NAE_ERA_R-1_Eesti_Vabariigi_Ministrite_Noukogu, lk 5
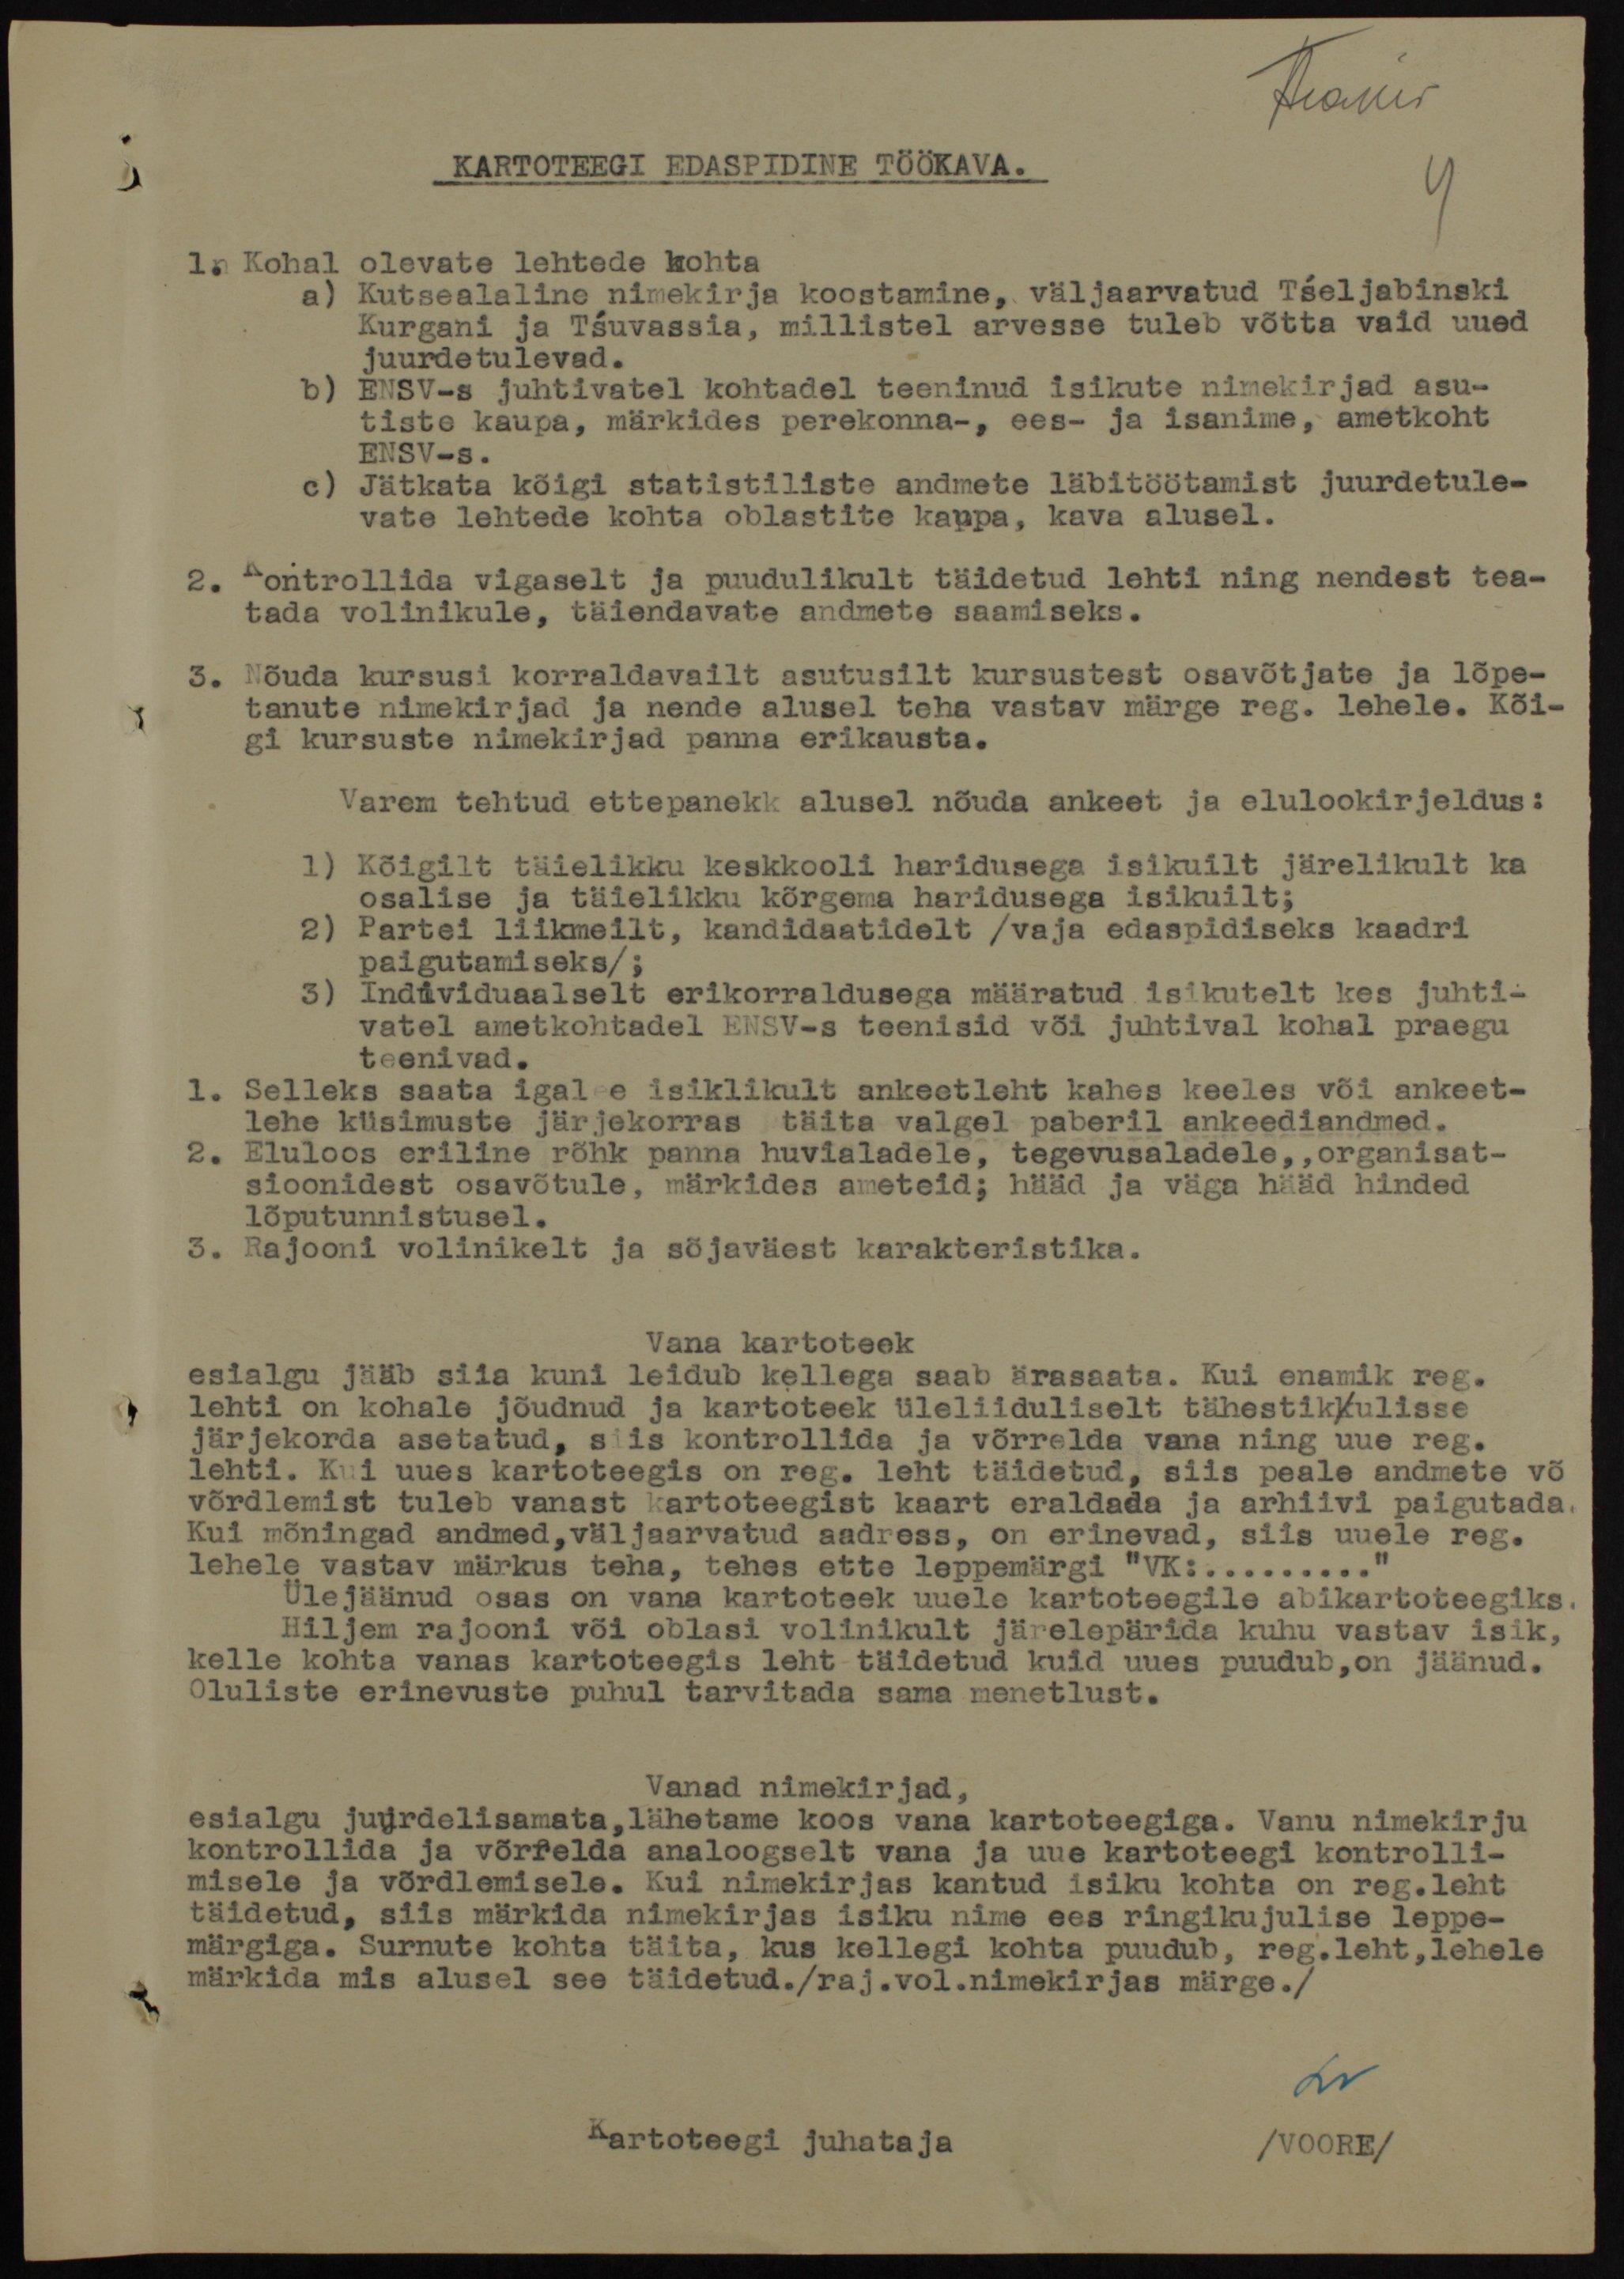
Ärakiri
KARTOTEEGI EDASPIDINE TÖÖKAVA.
1. Kohal olevate lehtede kohta
a) Kutsealaline nimekirja koostamine, väljaarvatud Tšeljabinski
Kurgani ja Tšuvassia, millistel arvesse tuleb võtta vaid uued
juurdetulevad.
b) ENSV-s juhtivatel kohtadel teeninud isikute nimekirjad asu-
tiste kaupa, märkides perekonna-, ees- ja isanime, ametkoht
ENSV-s.
c) Jätkata kõigi statistiliste andmete läbitöötamist juurdetule-
vate lehtede kohta oblastite kaupa, kava alusel.
2. Kontrollida vigaselt ja puudulikult täidetud lehti ning nendest tea-
tada volinikule, täiendavate andmete saamiseks.
3. Nõuda kursusi korraldavailt asutusilt kursustest osavõtjate ja lõpe-
tanute nimekirjad ja nende alusel teha vastav märge reg. lehele. Kõi-
gi kursuste nimekirjad panna erikausta.
Varem tehtud ettepanekk alusel nõuda ankeet ja elulookirjeldus:
1) Kõigilt täielikku keskkooli haridusega isikuilt järelikult ka
osalise ja täielikku kõrgema haridusega isikuilt;
2) Partei liikmeilt, kandidaatidelt /vaja edaspidiseks kaadri
paigutamiseks/;
3) Individuaalselt erikorraldusega määratud isikutelt kes juhti-
vatel ametkohtadel ENSV-s teenisid või juhtival kohal praegu
teenivad.
1. Selleks saata igal e isiklikult ankeetleht kahes keeles või ankeet-
lehe küsimuste järjekorras täita valgel paberil ankeediandmed.
2. Eluloos eriline rõhk panna huvialadele, tegevusaladele,, organisat-
sioonidest osavõtule, märkides ameteid; hääd ja väga hääd hinded
lõputunnistusel.
3. Rajooni volinikelt ja sõjaväest karakteristika.
Vana kartoteek
esialgu jääb siia kuni leidub kellega saab ärasaata. Kui enamik reg.
lehti on kohale jõudnud ja kartoteek üleliiduliselt tähestikkulisse
järjekorda asetatud, siis kontrollida ja võrrelda vana ning uue reg.
lehti. Kui uues kartoteegis on reg. leht täidetud, siis peale andmete võ
võrdlemist tuleb vanast kartoteegist kaart eraldada ja arhiivi paigutada.
Kui mõningad andmed, väljaarvatud aadress, on erinevad, siis uuele reg.
lehele vastav märkus teha, tehes ette leppemärgi "VK:........."
Ülejäänud osas on vana kartoteek uuele kartoteegile abikartoteegiks.
Hiljem rajooni või oblasi volinikult järelepärida kuhu vastav isik,
kelle kohta vanas kartoteegis leht täidetud kuid uues puudub, on jäänud.
Oluliste erinevuste puhul tarvitada sama menetlust.
Vanad nimekirjad,
esialgu juurdelisamata, lähetame koos vana kartoteegiga. Vanu nimekirju
kontrollida ja võrrelda analoogselt vana ja uue kartoteegi kontrolli-
misele ja võrdlemisele. Kui nimekirjas kantud isiku kohta on reg.leht
täidetud, siis märkida nimekirjas isiku nime ees ringikujulise leppe-
märgiga. Surnute kohta täita, kus kellegi kohta puudub, reg.leht, lehele
märkida mis alusel see täidetud. /raj.vol.nimekirjas märge./
Kartoteegi juhataja /VOORE/